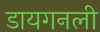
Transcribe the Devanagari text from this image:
डायगनली